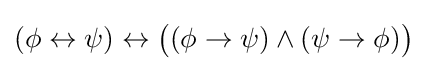
(\phi \leftrightarrow \psi )\leftrightarrow {\big (}(\phi \to \psi )\land (\psi \to \phi ){\big )}